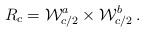
LaTeX: \begin{align*}R_c = {\cal W}^a_{c/2} \times {\cal W}^b_{c/2}\:.\end{align*}